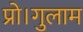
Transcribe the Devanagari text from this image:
प्रो।गुलाम